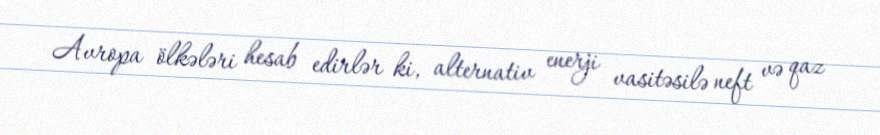
Avropa ölkələri hesab edirlər ki, alternativ enerji vasitəsilə neft və qaz